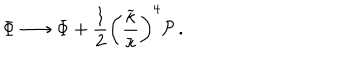
LaTeX: \Phi \longrightarrow \Phi + { \frac { 1 } { 2 } } \left( { \frac { \widetilde { \kappa } } { \kappa } } \right) ^ { 4 } { \cal P } \, .